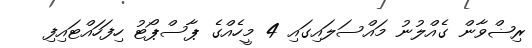
ރިޟްވާން ގެއްލުނު މައްސަލައިގައި 4 މީހެއްގެ ޕާސްޕޯޓު ހިފަހައްޓައިފި